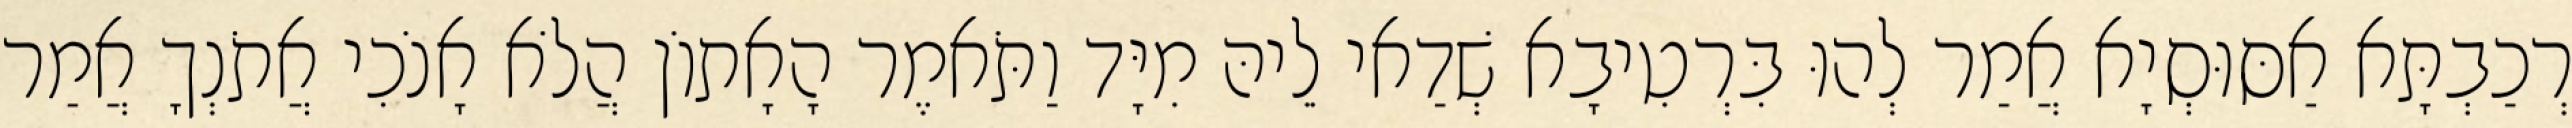
רְכַבְתָּא אַסּוּסְיָא אֲמַר לְהוּ בִּרְטִיבָא שְׁדַאי לֵיהּ מִיָּד וַתֹּאמֶר הָאָתוֹן הֲלֹא אָנֹכִי אֲתֹנְךָ אֲמַר